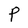
Character: P